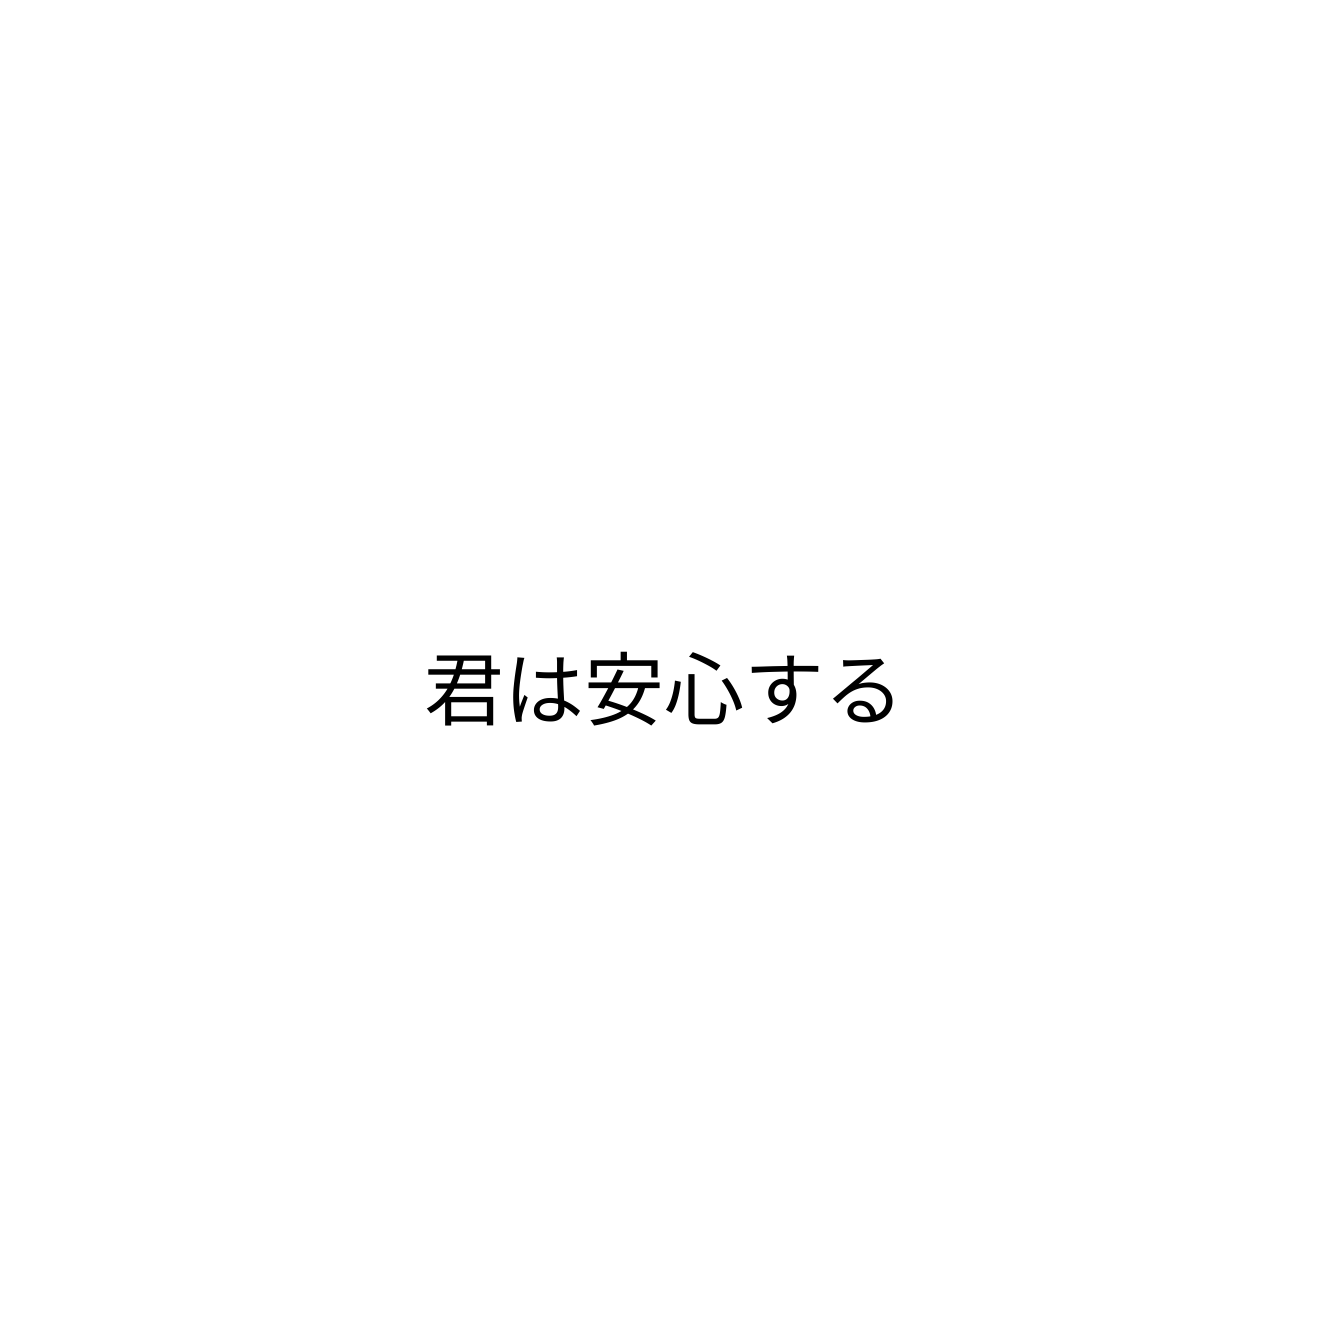
君は安心する